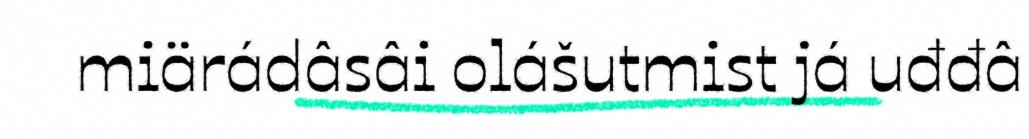
miärádâsâi olášutmist já uđđâ